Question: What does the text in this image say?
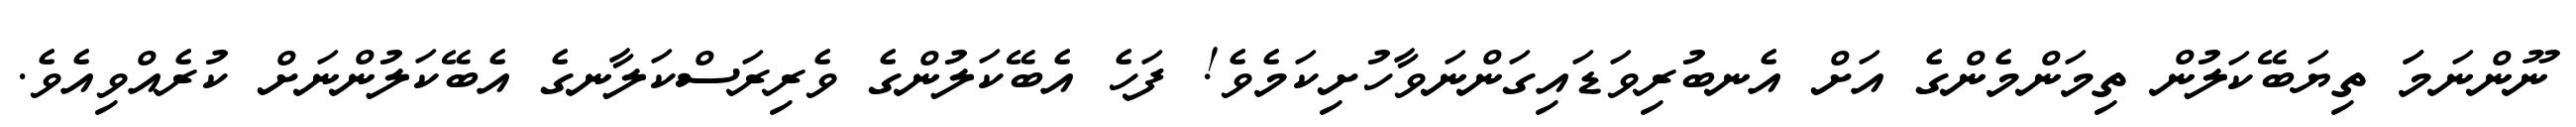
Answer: ނޫންނަމަަ ތިޔަބޭކަލުން ތިމަންމެންގެ އަށް އެނބުރިވަޑައިގަންނަވާހުށިކަމެވެ! ފަހެ އެބޭކަލުންގެ ވެރިރަސްކަލާނގެ އެބޭކަލުންނަށް ކުރެއްވިއެވެ.